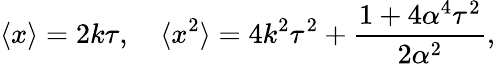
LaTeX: \langle x\rangle=2k\tau,\quad\langle x^{2}\rangle=4k^{2}\tau^{2}+\frac{1+4\alpha^{4}\tau^{2}}{2\alpha^{2}},